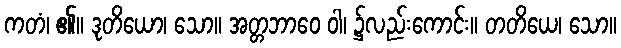
ကတံ၊ ၏။ ဒုတိယော၊ သော။ အတ္တဘာဝေ ဝါ၊ ၌လည်းကောင်း။ တတိယေ၊ သော။